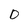
Character: D